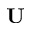
\textbf { U }